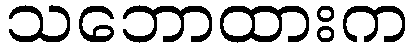
သဘောထားက